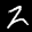
Label: 2